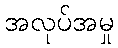
အလုပ်အမှု